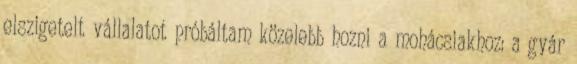
elszigetelt vállalatot próbáltam közelebb hozni a mohácsiakhoz: a gyár